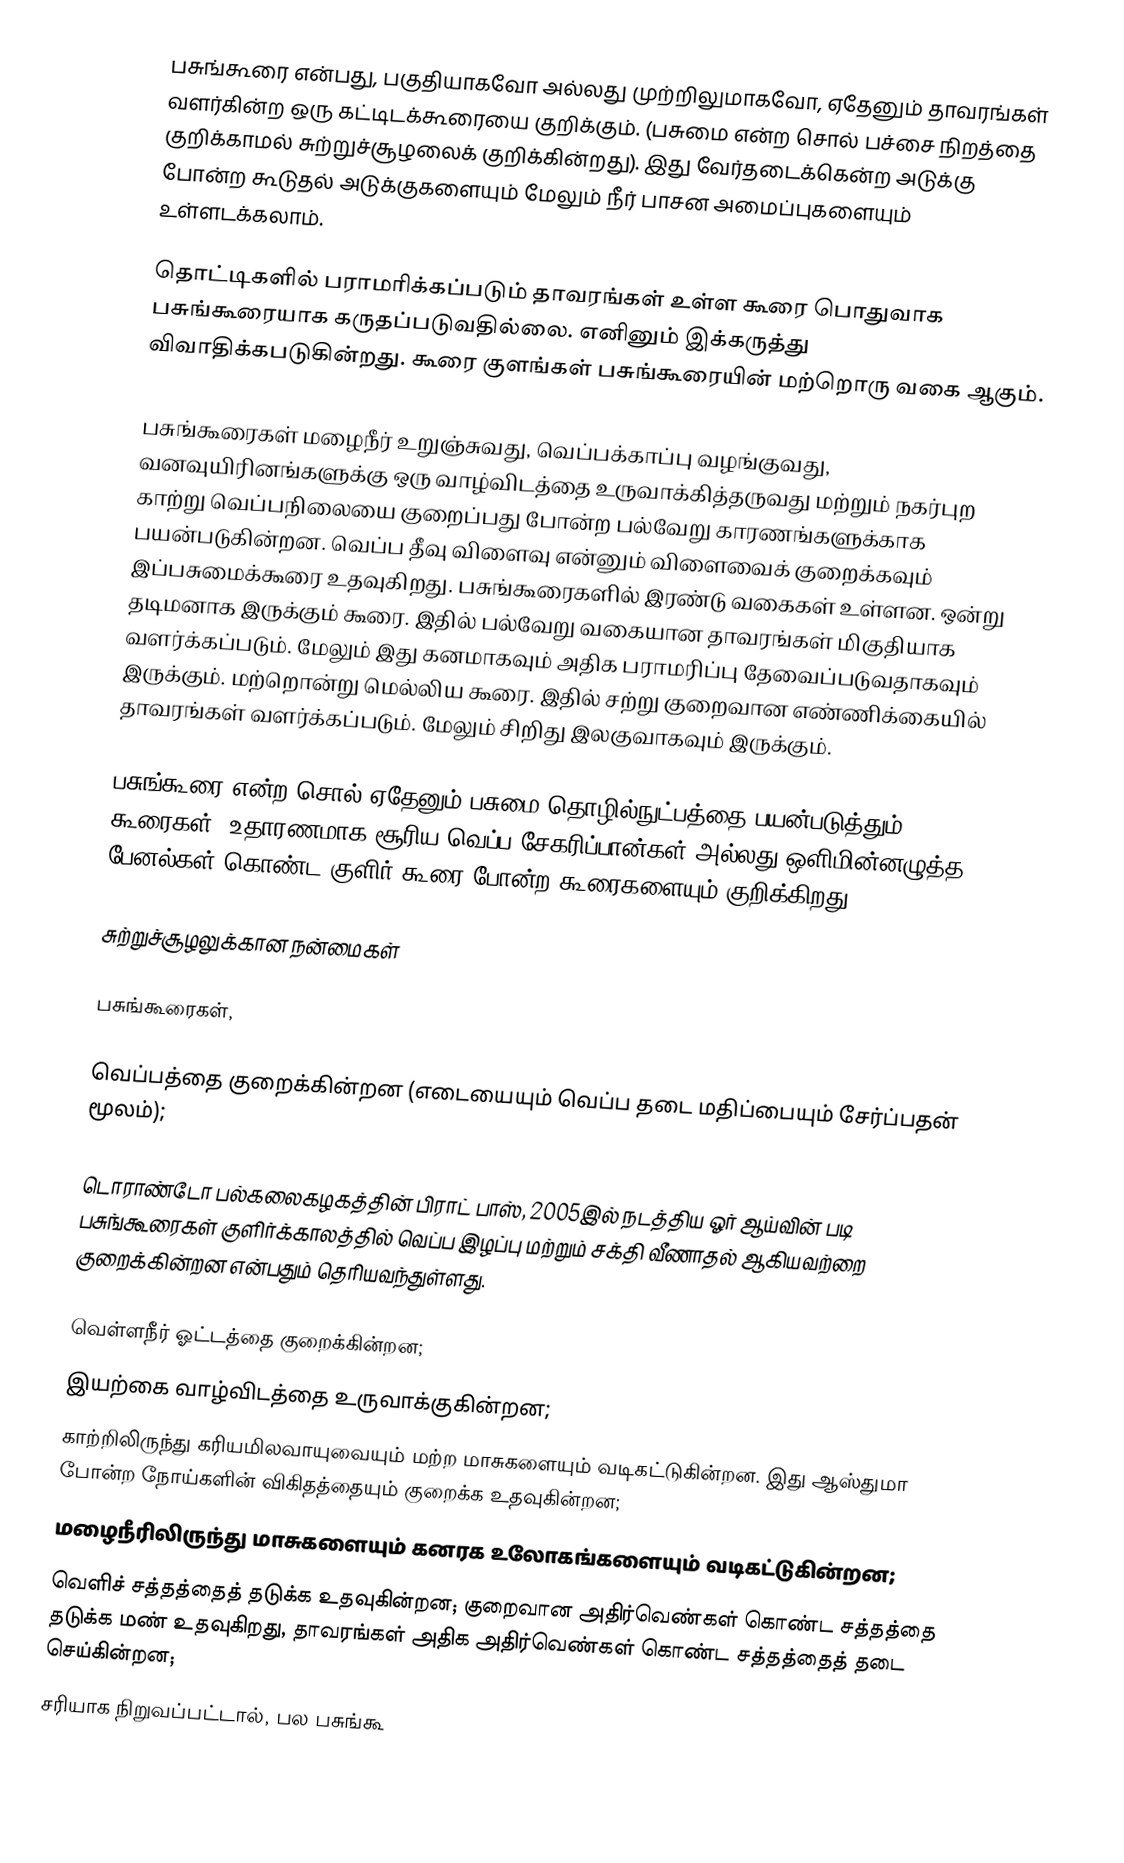
பசுங்கூரை என்பது, பகுதியாகவோ அல்லது முற்றிலுமாகவோ, ஏதேனும் தாவரங்கள் வளர்கின்ற ஒரு கட்டிடக்கூரையை குறிக்கும். (பசுமை என்ற சொல் பச்சை நிறத்தை குறிக்காமல் சுற்றுச்சூழலைக் குறிக்கின்றது). இது வேர்தடைக்கென்ற அடுக்கு போன்ற கூடுதல் அடுக்குகளையும் மேலும் நீர் பாசன அமைப்புகளையும் உள்ளடக்கலாம்.

தொட்டிகளில் பராமரிக்கப்படும் தாவரங்கள் உள்ள கூரை பொதுவாக பசுங்கூரையாக கருதப்படுவதில்லை. எனினும் இக்கருத்து விவாதிக்கபடுகின்றது. கூரை குளங்கள் பசுங்கூரையின் மற்றொரு வகை ஆகும்.

பசுங்கூரைகள் மழைநீர் உறுஞ்சுவது, வெப்பக்காப்பு வழங்குவது, வனவுயிரினங்களுக்கு ஒரு வாழ்விடத்தை உருவாக்கித்தருவது மற்றும் நகர்புற காற்று வெப்பநிலையை குறைப்பது போன்ற பல்வேறு காரணங்களுக்காக பயன்படுகின்றன. வெப்ப தீவு விளைவு என்னும் விளைவைக் குறைக்கவும் இப்பசுமைக்கூரை உதவுகிறது. பசுங்கூரைகளில் இரண்டு வகைகள் உள்ளன. ஒன்று தடிமனாக இருக்கும் கூரை. இதில் பல்வேறு வகையான தாவரங்கள் மிகுதியாக வளர்க்கப்படும். மேலும் இது கனமாகவும் அதிக பராமரிப்பு தேவைப்படுவதாகவும் இருக்கும். மற்றொன்று மெல்லிய கூரை. இதில் சற்று குறைவான எண்ணிக்கையில் தாவரங்கள் வளர்க்கப்படும். மேலும் சிறிது இலகுவாகவும் இருக்கும்.

பசுங்கூரை என்ற சொல் ஏதேனும் பசுமை தொழில்நுட்பத்தை பயன்படுத்தும் கூரைகள், உதாரணமாக சூரிய வெப்ப சேகரிப்பான்கள் அல்லது ஒளிமின்னழுத்த பேனல்கள் கொண்ட குளிர் கூரை போன்ற கூரைகளையும் குறிக்கிறது.

சுற்றுச்சூழலுக்கான நன்மைகள்

பசுங்கூரைகள்,

 வெப்பத்தை குறைக்கின்றன (எடையையும் வெப்ப தடை மதிப்பையும் சேர்ப்பதன் மூலம்);

டொராண்டோ பல்கலைகழகத்தின் பிராட் பாஸ், 2005இல் நடத்திய ஓர் ஆய்வின் படி பசுங்கூரைகள் குளிர்க்காலத்தில் வெப்ப இழப்பு மற்றும் சக்தி வீணாதல் ஆகியவற்றை குறைக்கின்றன என்பதும் தெரியவந்துள்ளது.

 வெள்ளநீர் ஓட்டத்தை குறைக்கின்றன;
 இயற்கை வாழ்விடத்தை உருவாக்குகின்றன;
 காற்றிலிருந்து கரியமிலவாயுவையும் மற்ற மாசுகளையும் வடிகட்டுகின்றன. இது ஆஸ்துமா போன்ற நோய்களின் விகிதத்தையும் குறைக்க உதவுகின்றன;
 மழைநீரிலிருந்து மாசுகளையும் கனரக உலோகங்களையும் வடிகட்டுகின்றன;
 வெளிச் சத்தத்தைத் தடுக்க உதவுகின்றன; குறைவான அதிர்வெண்கள் கொண்ட சத்தத்தை தடுக்க மண்  உதவுகிறது, தாவரங்கள் அதிக அதிர்வெண்கள் கொண்ட சத்தத்தைத் தடை செய்கின்றன;
 சரியாக நிறுவப்பட்டால், பல பசுங்கூ